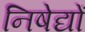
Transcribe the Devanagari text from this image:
निषेद्यों